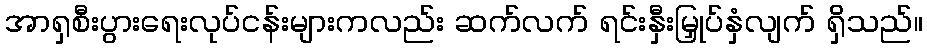
အာရှစီးပွားရေးလုပ်ငန်းများကလည်း ဆက်လက် ရင်းနှီးမြှုပ်နှံလျက် ရှိသည်။